Indian journal of veterinary science and animal husbandry - Volumes 15-17, 1948-1951
Year: 1948
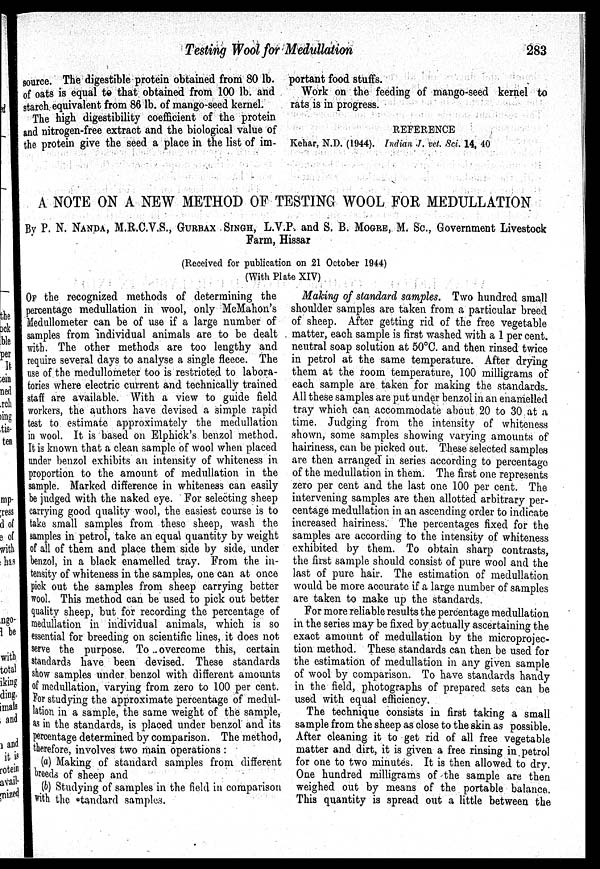
Testing Wool for Medullation
283
source. The digestible protein obtained from 80 lb.
of oats is equal to that obtained from 100 lb. and
starch equivalent from 86 lb. of mango-seed kernel.
The high digestibility coefficient of the protein
and nitrogen-free extract and the biological value of
the protein give the seed a place in the list of im-
portant food stuffs.
Work on the feeding of mango-seed kernel to
rats is in progress.
REFERENCE
Kehar, N.D. (1944). Indian J. vet. Sci. 14, 40
A NOTE ON A NEW METHOD OF TESTING WOOL FOR MEDULLATION
By P. N. NANDA, M.R.C.V.S., GURBAX SINGH, L.V.P. and S. B. MOGRE, M. Sc., Government Livestock
Farm, Hissar
(Received for publication on 21 October 1944)
(With Plate XIV)
OF the recognized methods of determining the
percentage medullation in wool, only McMahon's
Medullometer can be of use if a large number of
samples from individual animals are to be dealt
with. The other methods are too lengthy and
require several days to analyse a single fleece. The
use of the medullometer too is restricted to labora-
tories where electric current and technically trained
staff are available. With a view to guide field
workers, the authors have devised a simple rapid
test to estimate approximately the medullation
in wool. It is based on Elphick's benzol method.
It is known that a clean sample of wool when placed
under benzol exhibits an intensity of whiteness in
proportion to the amount of medullation in the
sample. Marked difference in whiteness can easily
be judged with the naked eye. For selecting sheep
carrying good quality wool, the easiest course is to
make small samples from these sheep, wash the
amples in petrol, take an equal quantity by weight
of all of them and place them side by side, under
benzol, in a black enamelled tray. From the in-
censity of whiteness in the samples, one can at once
pick out the samples from sheep carrying better
wool. This method can be used to pick out better
quality sheep, but for recording the percentage of
medullation in individual animals, which is so
essential for breeding on scientific lines, it does not
serve the purpose. To overcome this, certain
standards have been devised. These standards
show samples under benzol with different amounts
of medullation, varying from zero to 100 per cent.
For studying the approximate percentage of medul
lation in a sample, the same weight of the sample,
as in the standards, is placed under benzol and its
percentage determined by comparison. The method,
therefore, involves two main operations :
(a) Making of standard samples from different
breeds of sheep and
(b) Studying of samples in the field in comparison
with the standard samples.
Making of standard samples. Two hundred small
shoulder samples are taken from a particular breed
of sheep. After getting rid of the free vegetable
matter, each sample is first washed with a 1 per cent.
neutral soap solution at 50°C. and then rinsed twice
in petrol at the same temperature. After drying
them at the room temperature, 100 milligrams of
each sample are taken for making the standards.
All these samples are put under benzol in an enamelled
tray which can accommodate about 20 to 30 at a
time. Judging from the intensity of whiteness
shown, some samples showing varying amounts of
hairiness, can be picked out. These selected samples
are then arranged in series according to percentage
of the medullation in them. The first one represents
zero per cent and the last one 100 per cent. The
intervening samples are then allotted arbitrary per-
centage medullation in an ascending order to indicate
increased hairiness. The percentages fixed for the
samples are according to the intensity of whiteness
exhibited by them. To obtain sharp contrasts,
the first sample should consist of pure wool and the
last of pure hair. The estimation of medullation
would be more accurate if a large number of samples
are taken to make up the standards.
For more reliable results the percentage medullation
in the series may be fixed by actually ascertaining the
exact amount of medullation by the microprojec-
tion method. These standards can then be used for
the estimation of medullation in any given sample
of wool by comparison. To have standards handy
in the field, photographs of prepared sets can be
used with equal efficiency.
The technique consists in first taking a small
sample from the sheep as close to the skin as possible.
After cleaning it to get rid of all free vegetable
matter and dirt, it is given a free rinsing in petrol
for one to two minutes. It is then allowed to dry.
One hundred milligrams of the sample are then
weighed out by means of the portable balance.
This quantity is spread out a little between the